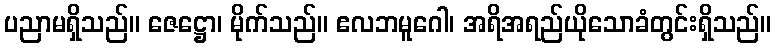
ပညာမရှိသည်။ ဇေဋ္ဌော၊ မိုက်သည်။ ဧလဘမူဂေါ၊ အရိအရည်ယိုသောခံတွင်းရှိသည်။